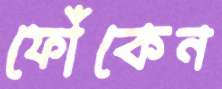
ফোঁকেন